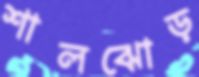
শালঝোড়